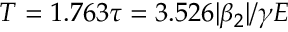
T = 1 . 7 6 3 \tau = 3 . 5 2 6 | \beta _ { 2 } | / \gamma E